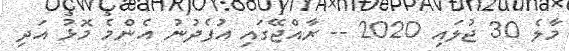
މާލެ 30 ޖުލައި 2020 -- ރާއްޖޭގައި އުފެދުނު އެންމެ މޮޅު އަދި